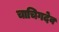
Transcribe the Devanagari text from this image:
चाचिगदेव